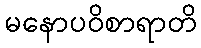
မနောပဝိစာရာတိ